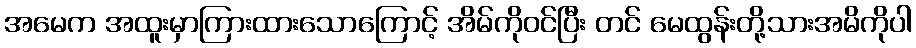
အမေက အထူးမှာကြားထားသောကြောင့် အိမ်ကိုဝင်ပြီး တင် မေထွန်းတို့သားအမိကိုပါ